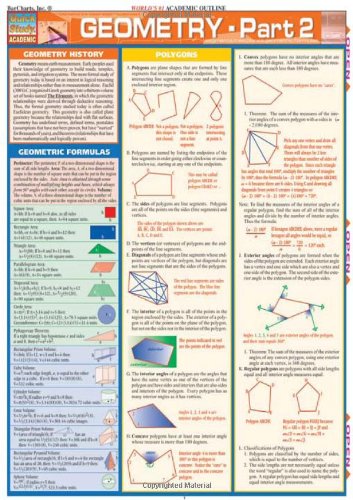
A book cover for Geometry Part 2 (Quickstudy: Academic); Inc. BarCharts; Science & Math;